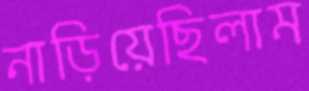
নাড়িয়েছিলাম